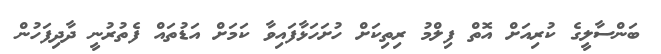
ބަންސާލީގެ ކުރިއަށް އޮތް ފިލްމު ރިތިކަށް ހުށަހަޅާފައިވާ ކަމަށް އަޑުތައް ފެތުރުނީ ދާދިފަހުން